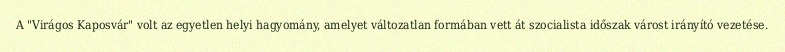
A "Virágos Kaposvár" volt az egyetlen helyi hagyomány, amelyet változatlan formában vett át szocialista időszak várost irányító vezetése.